Indian journal of veterinary science and animal husbandry - Volumes 26-27, 1956-1957
Year: 1956
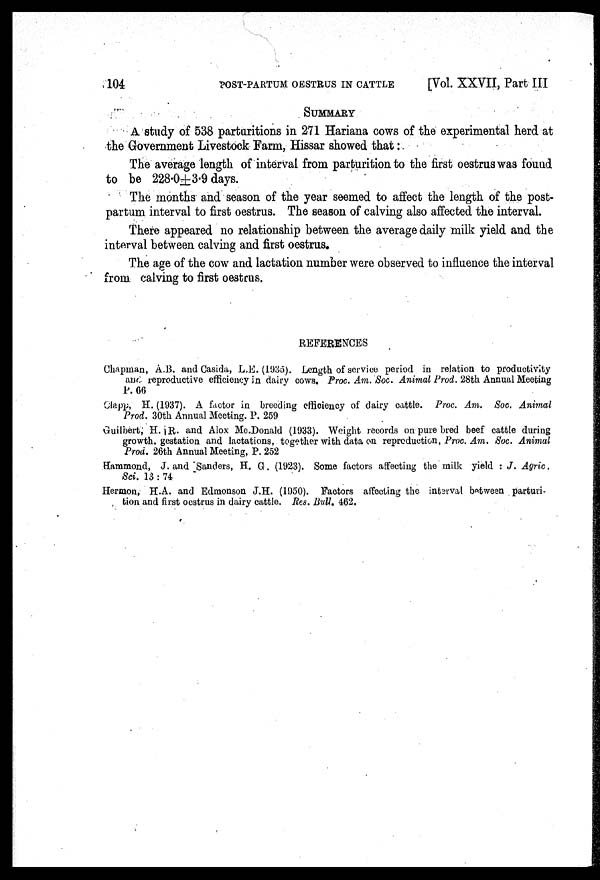
104
POST-PARTUM OESTRUS IN CATTLE
[Vol. XXVII, Part III
SUMMARY
A study of 538 parturitions in 271 Hariana cows of the experimental herd at
the Government Livestock Farm, Hissar showed that:
The average length of interval from parturition to the first oestrus was found
to be 228.0±3.9 days.
The months and season of the year seemed to affect the length of the post-
partum interval to first oestrus. The season of calving also affected the interval.
There appeared no relationship between the average daily milk yield and the
interval between calving and first oestrus.
The age of the cow and lactation number were observed to influence the interval
from calving to first oestrus.
REFERENCES
Chapman, A.B. and Casida, L.E. (1935). Length of service period in relation to productivity
and reproductive efficiency in dairy cows. Proc. Am. Soc. Animal Prod. 28th Annual Meeting
P. 66
Clapp, H. (1937). A factor in breeding efficiency of dairy cattle. Proc. Am. Soc. Animal
Prod. 30th Annual Meeting. P. 259
Guilbert, H. R. and Alox Mc.Donald (1933). Weight records on pure bred beef cattle during
growth, gestation and lactations, together with data on reproduction, Proc. Am. Soc. Animal
Prod. 26th Annual Meeting, P. 252
Hammond, J. and Sanders, H. G. (1923). Some factors affecting the milk yield : J. Agric.
Sci. 13 : 74
Hermon, H.A. and Edmonson J.H. (1950). Factors affecting the interval between parturi-
tion and first oestrus in dairy cattle. Res. Bull. 462.